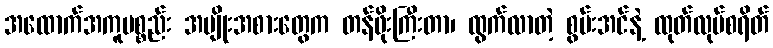
အထောက်အကူပစ္စည်း အမျိုးအစားတွေက တန်ဖိုးကြီးတာ၊ ထွက်လာတဲ့ စွမ်းအင်နဲ့ ထုတ်လုပ်စရိတ်